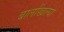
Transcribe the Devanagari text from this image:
बालखिल्या